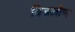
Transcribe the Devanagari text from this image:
बिडलोण